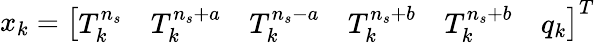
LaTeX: x_{k}=\left[\begin{array}{llllll}{T_{k}^{n_{s}}}&{T_{k}^{n_{s}+a}}&{T_{k}^{n_{s}-a}}&{T_{k}^{n_{s}+b}}&{T_{k}^{n_{s}+b}}&{q_{k}}\end{array}\right]^{T}